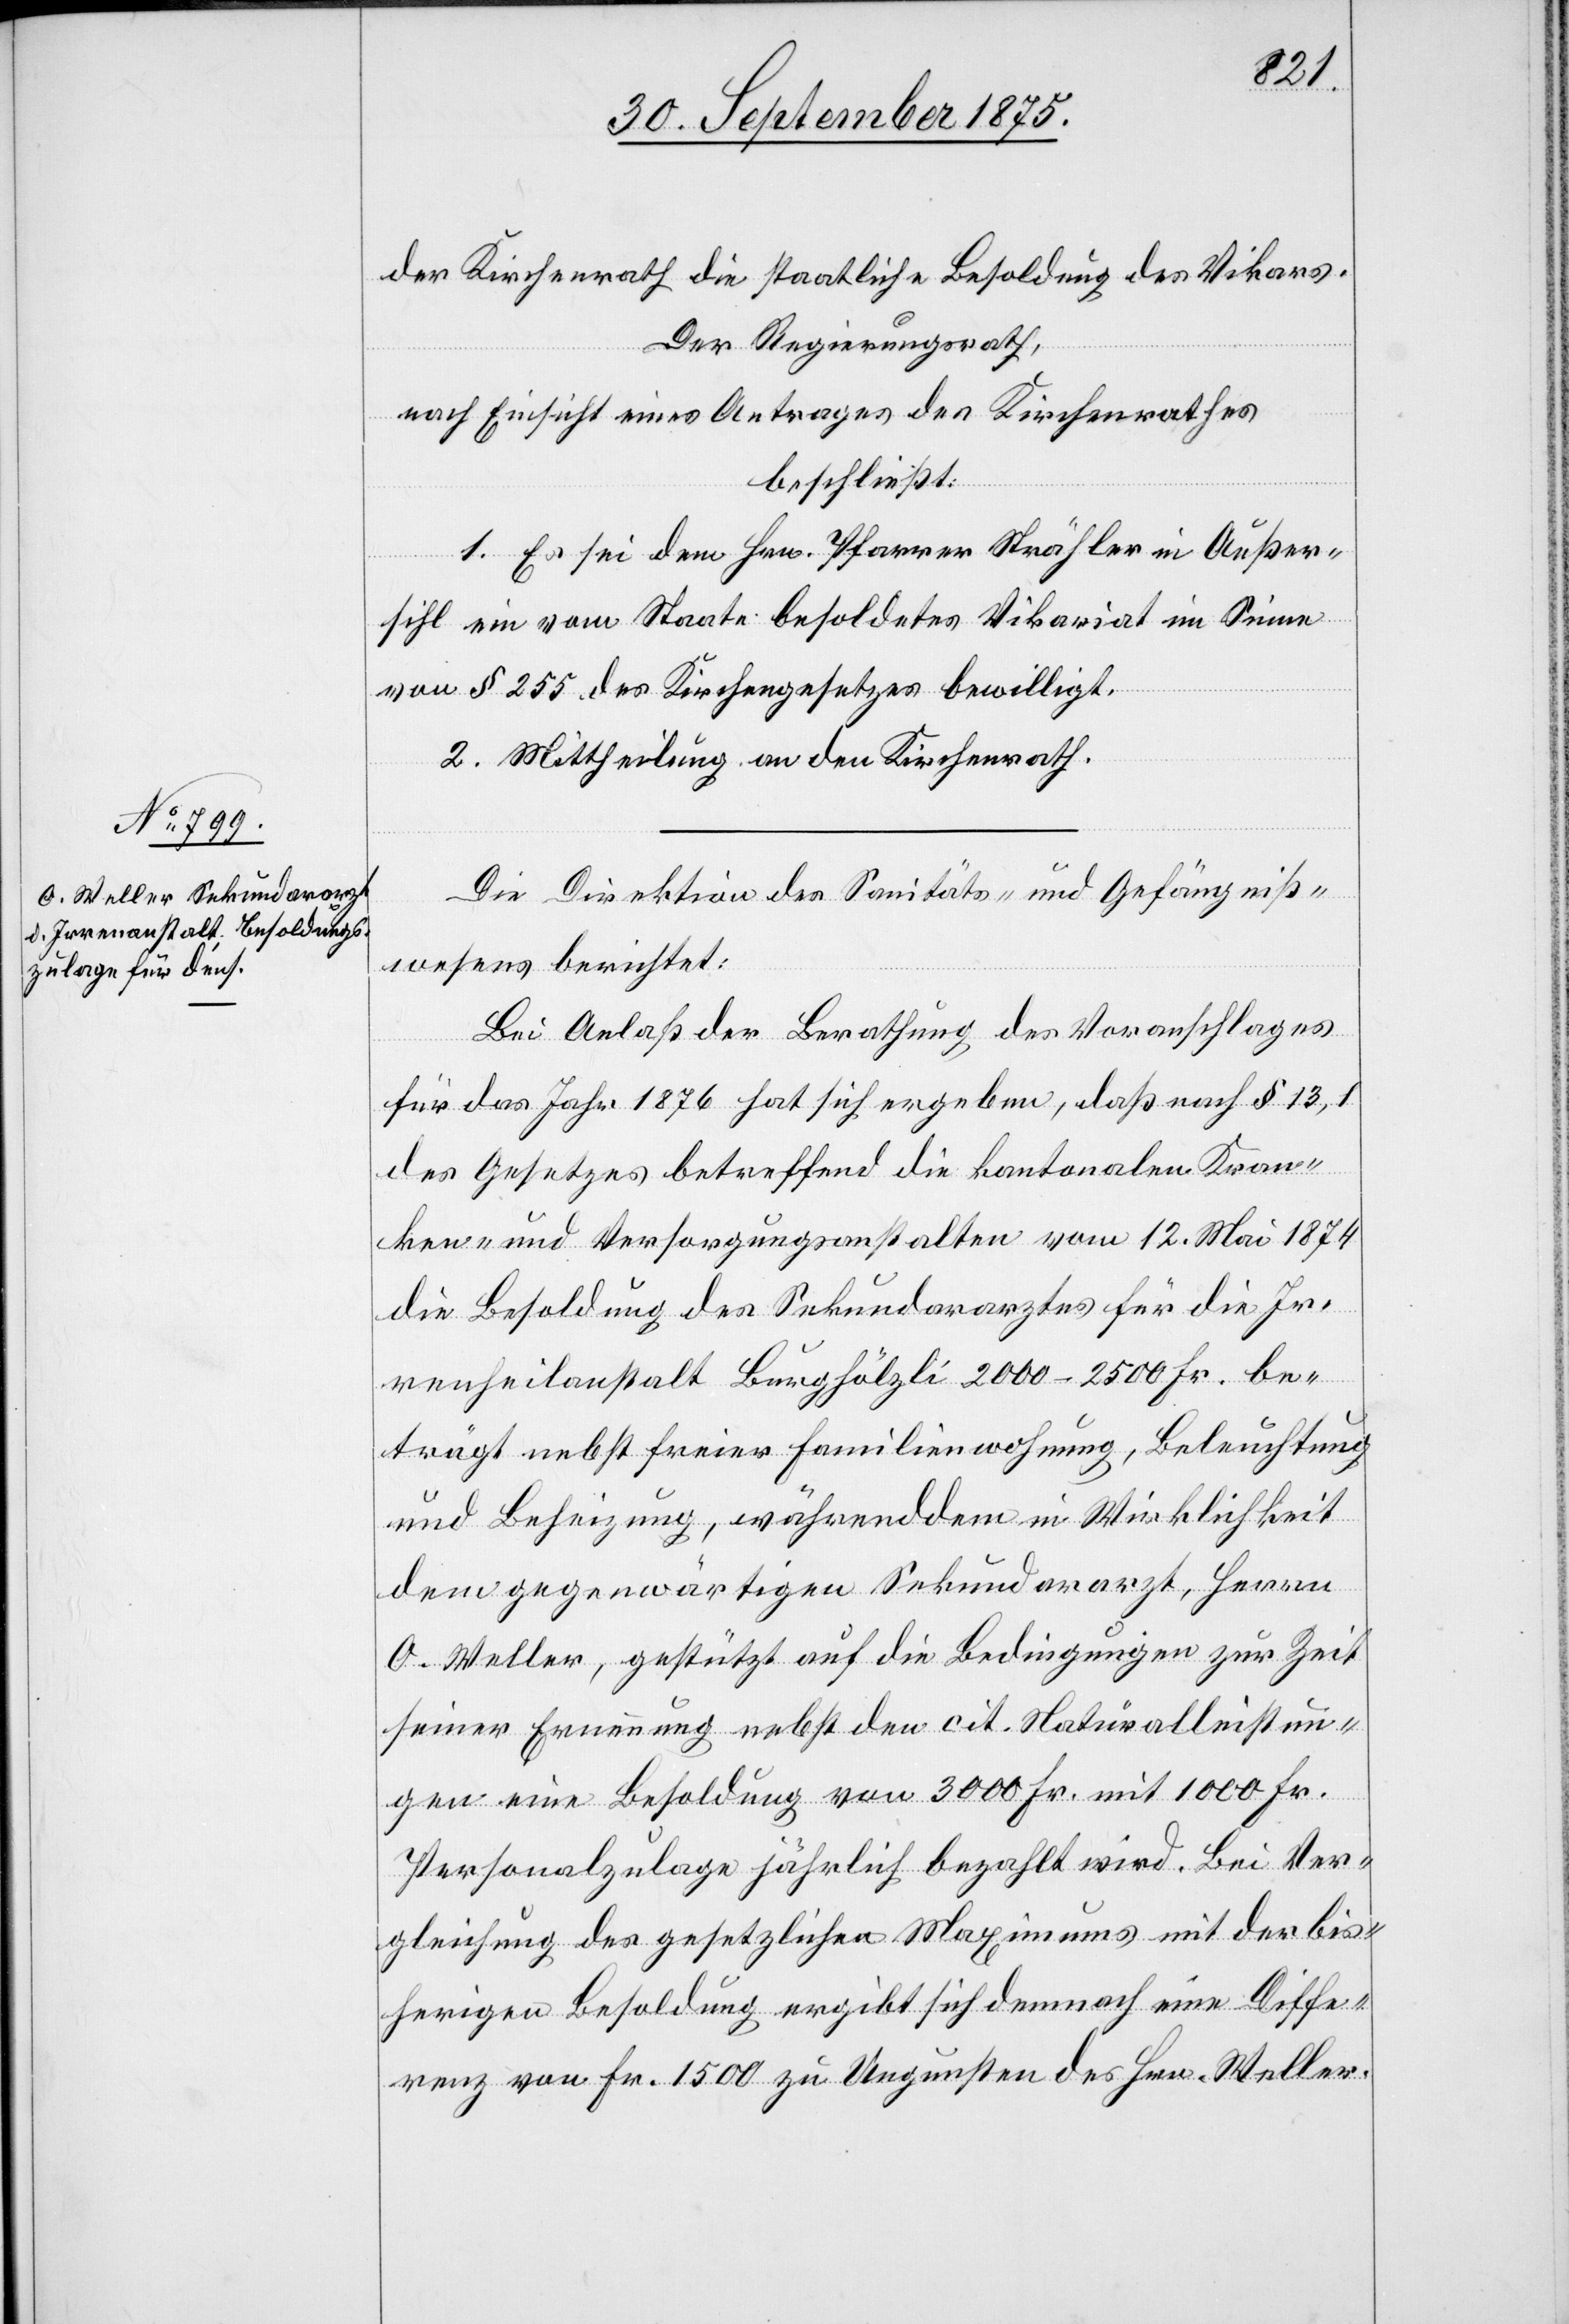
der Kirchenrath die staatliche Besoldung des Vikars.
Der Regierungsrath,
nach Einsicht eines Antrages des Kirchenrathes
beschließt:
1. Es sei dem Hrn. Pfarrer Strähler in Außer¬
sihl ein vom Staate besoldetes Vikariat im Sinne
von § 255 des Kirchengesetzes bewilligt.
2. Mittheilung an den Kirchenrath.
Die Direktion des Sanitäts- und Gefängniß¬
wesens berichtet:
Bei Anlaß der Berathung des Voranschlages
für das Jahr 1876 hat sich ergeben, daß nach § 13,1
des Gesetzes betreffend die kantonalen Kran¬
ken- und Versorgungsanstalten vom 12. Mai 1874
die Besoldung des Sekundararztes für die Ir¬
renheilanstalt Burghölzli 2000–2500 Fr. be¬
trägt nebst freier Familienwohnung, Beleuchtung
und Beheizung, währenddem [sic!] in Wirklichkeit
dem gegenwärtigen Sekundararzt, Herrn
O. Weller, gestützt auf die Bedingungen zur Zeit
seiner Ernennung nebst den cit. Naturalleistun¬
gen eine Besoldung von 3000 Fr. mit 1000 Fr.
Personalzulage jährlich bezahlt wird. Bei Ver¬
gleichung des gesetzlichen Maximums mit der bis¬
herigen Besoldung ergibt sich demnach eine Diffe¬
renz von Fr. 1500 zu Ungunsten des Hrn. Weller.